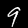
Label: 9